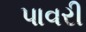
પાવરી